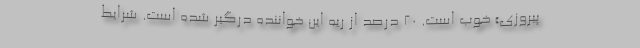
پیروزی» خوب است. ۲۰ درصد از ریه این خواننده درگیر شده است. شرایط